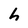
Character: h